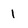
Character: 1